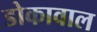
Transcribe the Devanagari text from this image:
डोकावाल